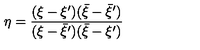
\eta = \frac { ( \xi - \xi ^ { \prime } ) ( \bar { \xi } - \bar { \xi } ^ { \prime } ) } { ( \xi - \bar { \xi } ^ { \prime } ) ( \bar { \xi } - \xi ^ { \prime } ) }